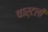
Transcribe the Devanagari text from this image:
चार्टली